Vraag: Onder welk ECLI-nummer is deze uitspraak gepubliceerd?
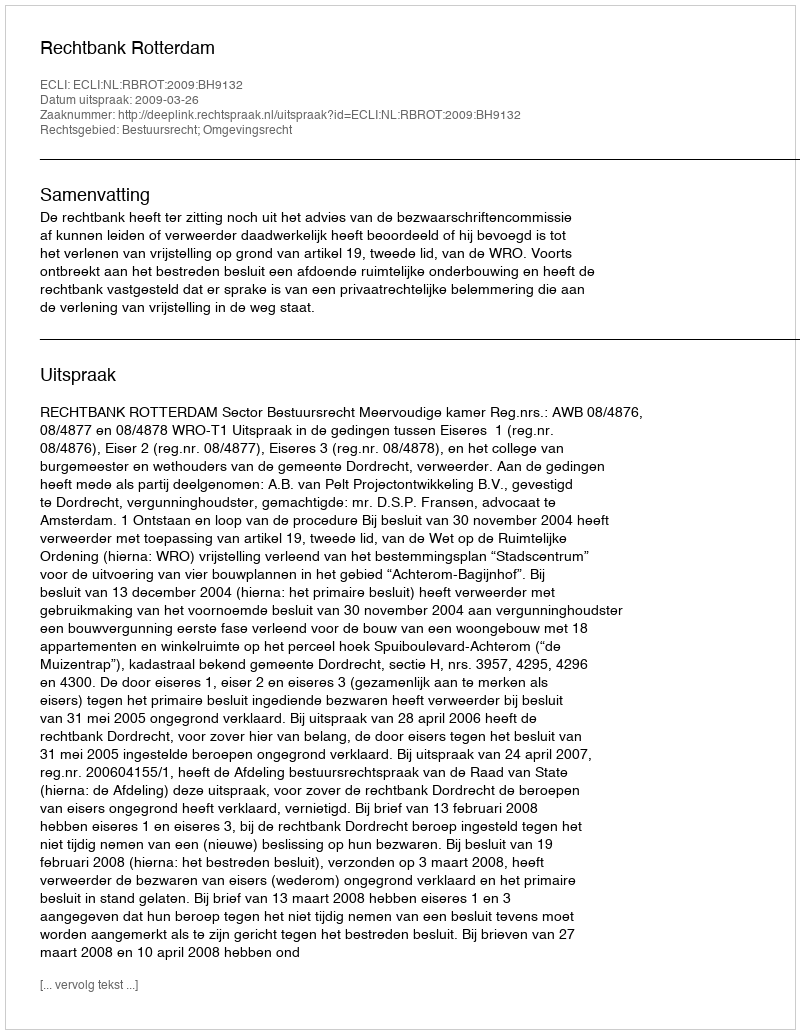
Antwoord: ECLI:NL:RBROT:2009:BH9132